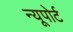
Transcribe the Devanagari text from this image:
न्‍यूपोर्ट